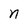
Character: n